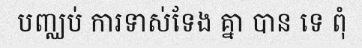
បញ្ឈប់ ការទាស់ទែង គ្នា បាន ទេ ពុំ